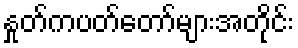
နှုတ်ကပတ်တော်များအတိုင်း